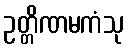
ဥတ္တိဏမကံသု